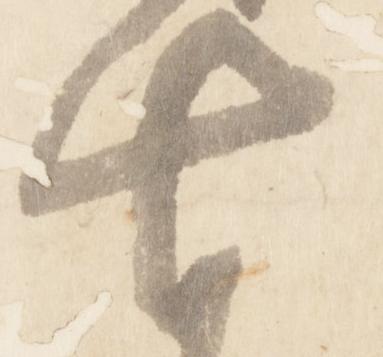
七